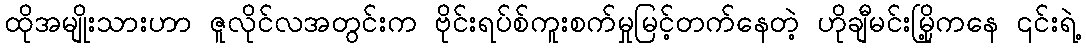
ထိုအမျိုးသားဟာ ဇူလိုင်လအတွင်းက ဗိုင်းရပ်စ်ကူးစက်မှုမြင့်တက်နေတဲ့ ဟိုချီမင်းမြို့ကနေ ၎င်းရဲ့